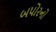
બપોરનો